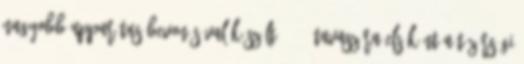
nagyobb apparátus bevonásával készült. 1979 tavaszára elsőként a tüzérségi